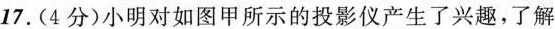
17.(4分)小明对如图甲所示的投影仪产生了兴趣，了解